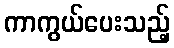
ကာကွယ်ပေးသည့်